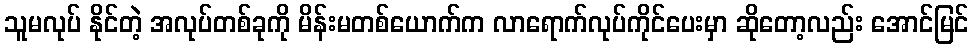
သူမလုပ် နိုင်တဲ့ အလုပ်တစ်ခုကို မိန်းမတစ်ယောက်က လာရောက်လုပ်ကိုင်ပေးမှာ ဆိုတော့လည်း အောင်မြင်